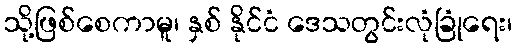
သို့ဖြစ်စေကာမူ၊ နှစ် နိုင်ငံ ဒေသတွင်းလုံခြုံရေး၊